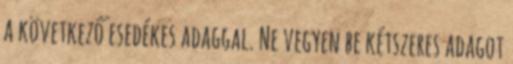
a következő esedékes adaggal. Ne vegyen be kétszeres adagot